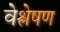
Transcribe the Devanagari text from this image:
वेश्लेषण